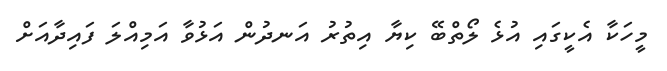
މީހަކާ އެކީގައި އުޅެ ލޯތްބޭ ކިޔާ އިތުރު އަނދުން އަޅުވާ އަމިއްލަ ފައިދާއަށް